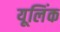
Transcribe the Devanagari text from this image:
यूलिंक